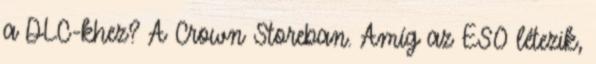
a DLC-khez? A Crown Storeban. Amíg az ESO létezik,